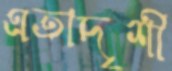
এতাদৃশী